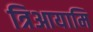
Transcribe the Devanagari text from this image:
त्रिआयामि